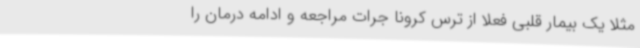
مثلا یک بیمار قلبی فعلا از ترس کرونا جرات مراجعه و ادامه درمان را